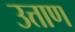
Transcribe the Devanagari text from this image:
उत्ताण